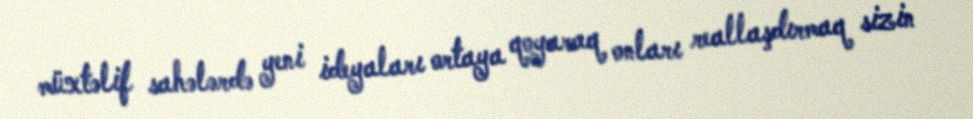
müxtəlif sahələrdə yeni ideyaları ortaya qoyaraq onları reallaşdırmaq sizin